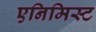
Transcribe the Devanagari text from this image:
एनिमिस्ट